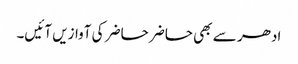
ادھر سے بھی حاضر حاضر کی آوازیں آئیں۔